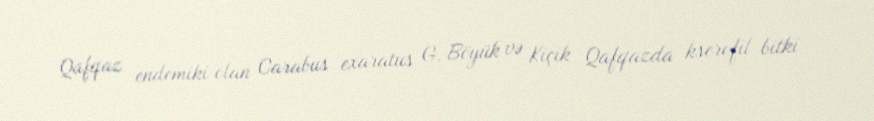
Qafqaz endemiki olan Carabus exaratus G. Böyük və Kiçik Qafqazda kserofil bitki